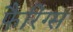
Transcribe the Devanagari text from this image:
फैरिंग्स